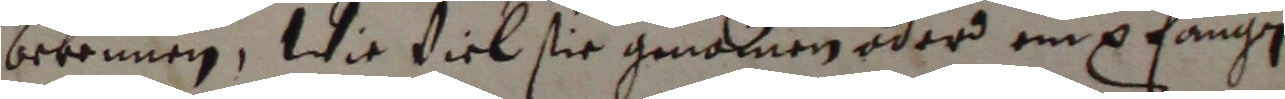
bekennen, wie viel sie gmomnen oderd empfangen